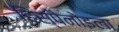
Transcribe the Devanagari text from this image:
हिस्पैनोइला